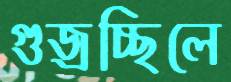
গুজ্‌রচ্ছিলে